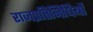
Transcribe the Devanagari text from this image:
राजप्रतिनिधियों